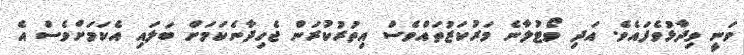
ވަނީ ވިދާޅުވެފައެވެ. އަދި ވޯޓުލާނެ މަރުކަޒުތައްވެސް އިތުރުކުރަން ޖެހިދާނެކަމަށް ބަލައި އެކަމަށްވެސް އެ